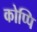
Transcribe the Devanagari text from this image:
कोप्पि